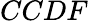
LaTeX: CCDF